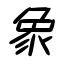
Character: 象